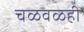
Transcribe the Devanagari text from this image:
चळवळही